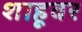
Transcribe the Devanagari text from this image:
शाहूवर